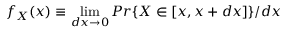
f _ { X } ( x ) \equiv \operatorname* { l i m } _ { d x \to 0 } P r \{ X \in [ x , x + d x ] \} / d x